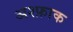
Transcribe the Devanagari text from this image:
अश्फ़ाक